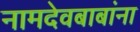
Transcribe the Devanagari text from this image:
नामदेवबाबांना